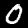
Digit: 0